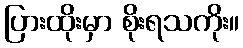
ပြားထိုးမှာ စိုးရသကိုး။